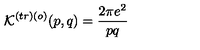
\mathcal { K } ^ { \left( t r \right) \left( o \right) } ( p , q ) = \frac { 2 \pi e ^ { 2 } } { p q }